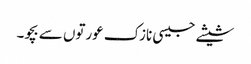
شیشے جیسی نازک عورتوں سے بچو۔